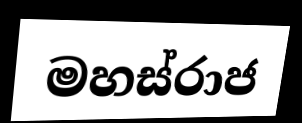
මහස්රාජ